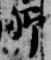
卿